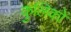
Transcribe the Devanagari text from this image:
कुलिकों